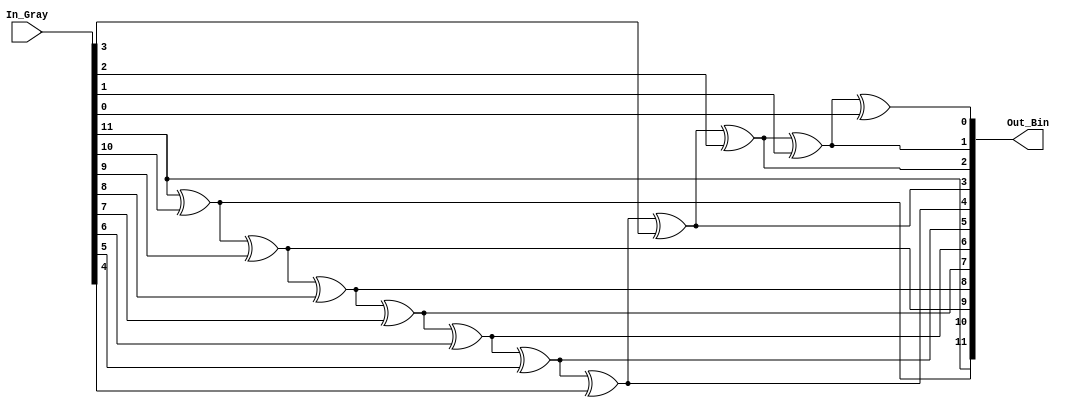
`timescale 1ns / 1ps
//////////////////////////////////////////////////////////////////////////////////
// Company: 
// Engineer: 
// 
// Design Name: 
// Module Name:    Gray_2_Bin 
// Project Name: 
// Target Devices: 
// Tool versions: 
// Description: 
//
// Dependencies: 
//
// Revision: 
// Revision 0.01 - File Created
// Additional Comments: 
//
//////////////////////////////////////////////////////////////////////////////////
module Gray_2_Bin(
    input [11:0] In_Gray,
    output [11:0] Out_Bin
    );

localparam  [4:0]   SIZE  = 5'd12;
reg     [SIZE - 1:0]  Sig_Bin;
integer   i;

always @(*)
begin
      Sig_Bin[SIZE-1]     = In_Gray[SIZE-1];
      for(i=0;i < SIZE-1; i = i + 1)
      begin
        Sig_Bin[SIZE - 2 -i]  = Sig_Bin[SIZE - 1 - i ] ^ In_Gray[SIZE - 2 -i];
      end   

end 
assign    Out_Bin   = Sig_Bin;


endmodule